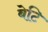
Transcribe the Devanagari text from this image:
बेटि